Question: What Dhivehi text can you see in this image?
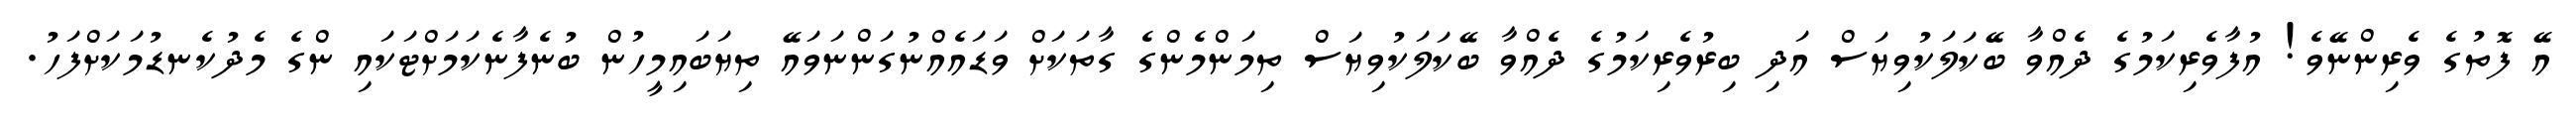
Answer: އޭ ފޮތުގެ ވެރިންނޭވެ! އުފާވެރިކަމުގެ ދެއްވާ ބޭކަލަކުވިޔަސް އަދި ބިރުވެރިކަމުގެ ދެއްވާ ބޭކަލަކުވިޔަސް ތިމަންމެންގެ ގާތަކަށް ވަޑައެއްނުގަންނަވައޭ ތިޔަބައިމީހުން ބުނެފާނެކަމަށްޓަކައި ންގެ މެދުކެނޑުމަކަށްފަހު.